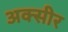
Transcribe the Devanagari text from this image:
अक्सीर